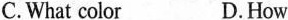
C.What color D.How